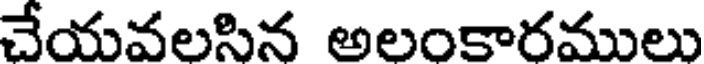
చేయవలసిన అలంకారములు